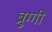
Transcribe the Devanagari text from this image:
ब्रुग्गी